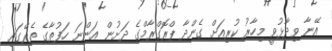
އޭނާ ވިދާޅުވީ މިހާރު ކުރިއަށް ގެންދާ ޕްރޮގްރާމްގެ ދަށުން އަންނަ ހަފުތާގެ ތެރޭގައި